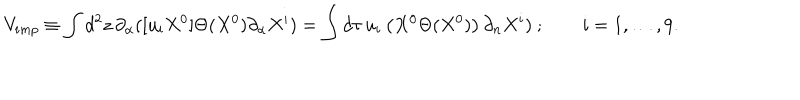
{ V } _ { i m p } \equiv \int d ^ { 2 } z \, \partial _ { \alpha } ( [ u _ { i } X ^ { 0 } ] \Theta ( X ^ { 0 } ) \partial _ { \alpha } X ^ { i } ) = \int d \tau \, u _ { i } \left( X ^ { 0 } \Theta ( X ^ { 0 } ) \right) \partial _ { n } X ^ { i } ) ~ ; \qquad i = 1 , \ldots , 9 .